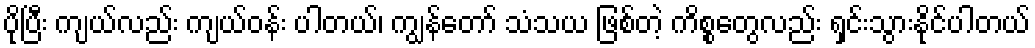
ပိုပြီး ကျယ်လည်း ကျယ်ဝန်း ပါတယ်၊ ကျွန်တော် သံသယ ဖြစ်တဲ့ ကိစ္စတွေလည်း ရှင်းသွားနိုင်ပါတယ်